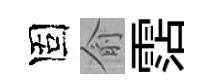
固俞霑